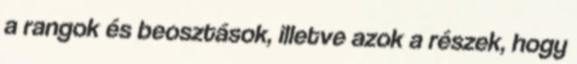
a rangok és beosztások, illetve azok a részek, hogy